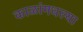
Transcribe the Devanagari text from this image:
काळांमधल्या